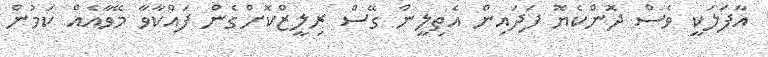
އާފަލަކީ ވެސް ދޮންކެޔޮ ފަދައިން އެތިލީން ގޭސް ރިލީޒްކޮށްގެން ފައްކާވާ މޭވާއެއް ކަމުން